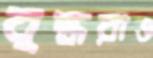
বৃদ্ধরাও